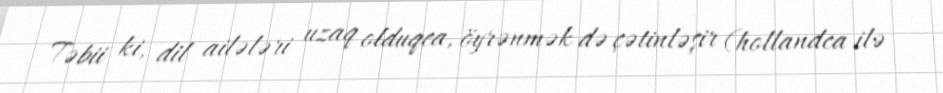
Təbii ki, dil ailələri uzaq olduqca, öyrənmək də çətinləşir (hollandca ilə